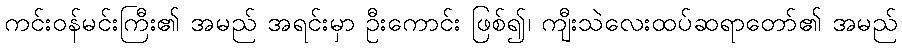
ကင်းဝန်မင်းကြီး၏ အမည် အရင်းမှာ ဦးကောင်း ဖြစ်၍၊ ကျီးသဲလေးထပ်ဆရာတော်၏ အမည်